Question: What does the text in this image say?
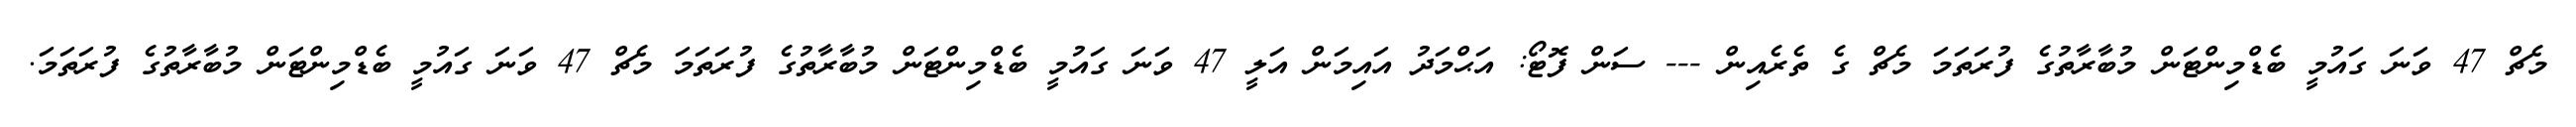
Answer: މެޗް 47 ވަނަ ގައުމީ ބެޑްމިންޓަން މުބާރާތުގެ ފުރަތަމަ މެޗް ގެ ތެރެއިން --- ސަން ފޮޓޯ: އަޙްމަދު އައިމަން އަލީ 47 ވަނަ ގައުމީ ބެޑްމިންޓަން މުބާރާތުގެ ފުރަތަމަ މެޗް 47 ވަނަ ގައުމީ ބެޑްމިންޓަން މުބާރާތުގެ ފުރަތަމަ.